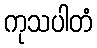
ကုသပါတံ